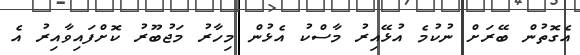
އެގޮތުން ބޭރަށް ނުކުމެ އުޅޭއިރު މާސްކު އެޅުން މިހާރު މަޖުބޫރު ކޮށްފައިވާއިރު އެ